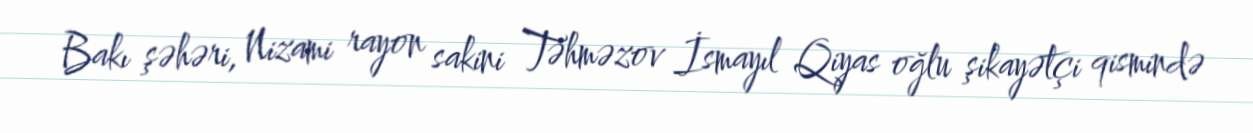
Bakı şəhəri, Nizami rayon sakini Təhməzov İsmayıl Qiyas oğlu şikayətçi qismində